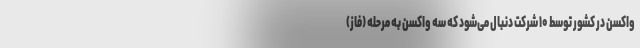
واکسن در کشور توسط ۱۰ شرکت دنبال می‌شود که سه واکسن به مرحله (فاز)